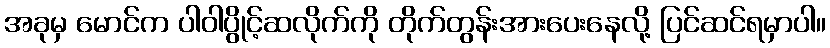
အခုမှ မောင်က ပါဝါပွိုင့်ဆလိုက်ကို တိုက်တွန်းအားပေးနေလို့ ပြင်ဆင်ရမှာပါ။